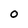
Character: O